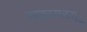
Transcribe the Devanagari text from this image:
वाकामतसू